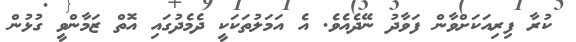
ކުރާ ފިރިއަކަށްވާން ފަވާދު ނޭދެއެވެ. އެ އަމަލުތަކަކީ ދެމެދުގައި އޮތް ޒަމާންވީ ގުޅުން